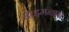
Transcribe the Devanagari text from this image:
साइमन्ड्स